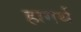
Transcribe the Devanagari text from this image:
हागर्थ